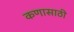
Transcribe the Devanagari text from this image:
कणासाठी